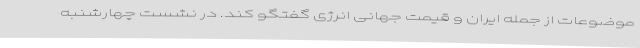
موضوعات از جمله ایران و قیمت جهانی انرژی گفتگو کند. در نشست چهارشنبه